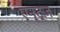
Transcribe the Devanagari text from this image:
एन्ट्ज़